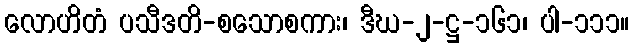
လောဟိတံ ပသီဒတိ-စသောစကား၊ ဒီဃ-၂-ဋ္ဌ-၁၆၁၊ ပါ-၁၁၁။